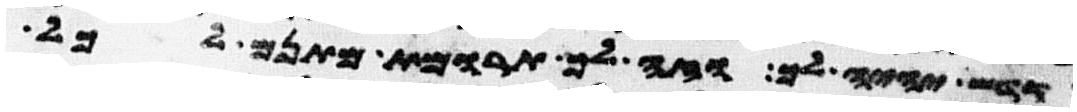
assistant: קדש יהיה לך וזה לך תרומת מתנם לכל